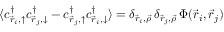
\langle c _ { \vec { r } _ { i } , \uparrow } ^ { \dag } c _ { \vec { r } _ { j } , \downarrow } ^ { \dag } - c _ { \vec { r } _ { j } , \uparrow } ^ { \dag } c _ { \vec { r } _ { i } , \downarrow } ^ { \dag } \rangle = \delta _ { \vec { r } _ { i } , \vec { \rho } } \, \delta _ { \vec { r } _ { j } , \vec { \rho } } \, \Phi ( \vec { r } _ { i } , \vec { r } _ { j } )